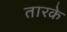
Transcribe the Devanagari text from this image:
तारके